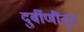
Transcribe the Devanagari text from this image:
दुर्बीणींतून